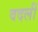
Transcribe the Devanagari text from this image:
वदलीं